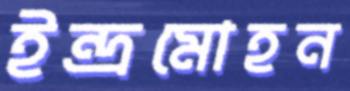
ইন্দ্রমোহন